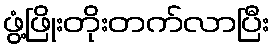
ဖွံ့ဖြိုးတိုးတက်လာပြီး